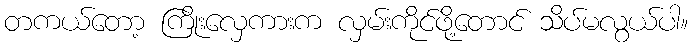
တကယ်တော့ ကြိုးလှေကားက လှမ်းကိုင်ဖို့တောင် သိပ်မလွယ်ပါ။